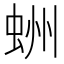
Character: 𧋀